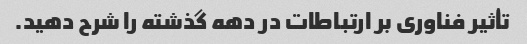
تأثیر فناوری بر ارتباطات در دهه گذشته را شرح دهید.